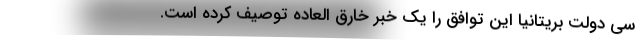
سي دولت بریتانیا این توافق را یک خبر خارق العاده توصیف کرده است.